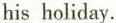
his holiday.